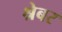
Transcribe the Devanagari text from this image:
श्रेबर